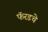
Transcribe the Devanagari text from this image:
फॅरडचे